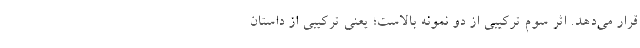
قرار می‌دهد. اثر سوم ترکیبی از دو نمونه بالاست؛ یعنی ترکیبی از داستان